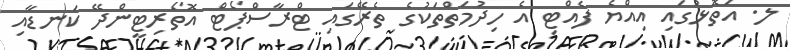
ލ. އަތޮޅުގައި އިއްޔެ ފެއްޓި އެ ހިދުމަތްތަކުގެ ތެރޭގައި ޓްރާސްޕޯޓް އޮތޯރިޓީންދޭ ކަނޑާއި